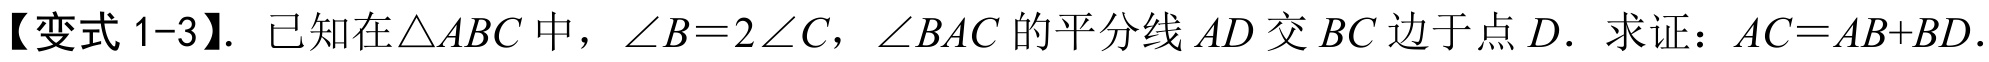
【变式 1-3】. 已知在$\triangle ABC$中，$\angle B = 2\angle C$，$\angle BAC$的平分线$AD$交$BC$边于点$D.$ 求证：$AC = AB + BD$.